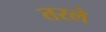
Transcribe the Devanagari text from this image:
तरले